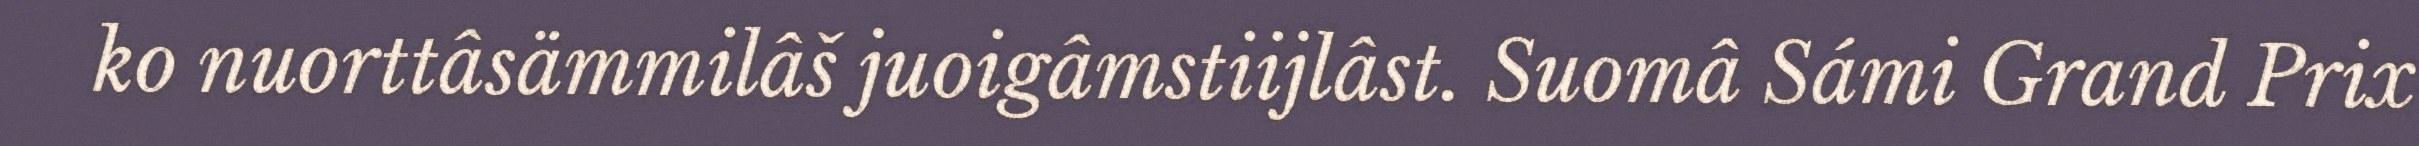
ko nuorttâsämmilâš juoigâmstiijlâst. Suomâ Sámi Grand Prix